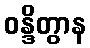
ဝန္ဒိတွာန